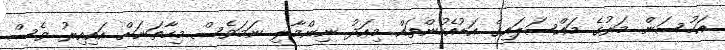
އަހުސަން މަރުގެ މައްސަލައިގެ އަޑުއެހުންތައް މިއަދު ނިންމާލި ނަމަވެސް މިހާތަނަށް އައިއިރު ވެސް